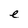
Character: e